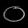
Digit: ၀